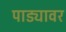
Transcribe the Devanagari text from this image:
पाड्यावर